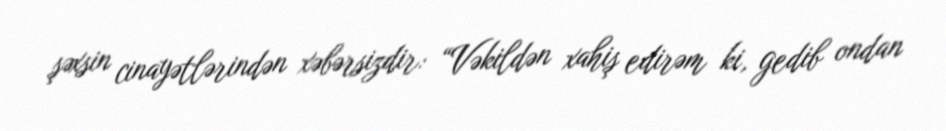
şəxsin cinayətlərindən xəbərsizdir: “Vəkildən xahiş edirəm ki, gedib ondan